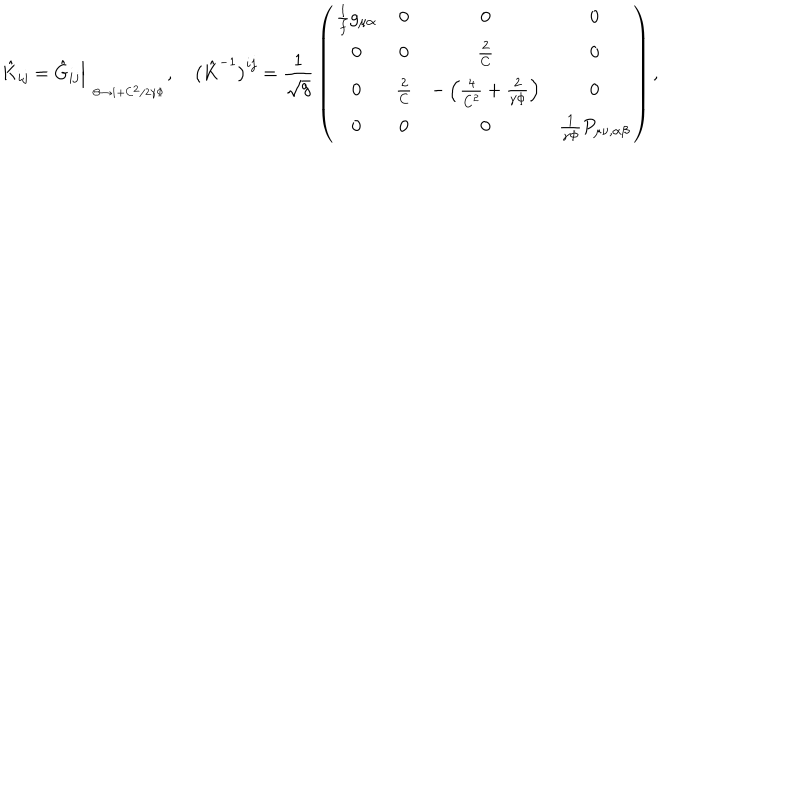
LaTeX: \hat { K } _ { i j } = \hat { G } _ { i j } \Big | _ { \phantom { p } _ { \Theta \to 1 + C ^ { 2 } / 2 \gamma \Phi } } , \quad \bigl ( \hat { K } ^ { - 1 } \bigr ) ^ { i j } = { \frac { 1 } { \sqrt g } } \left( \begin{matrix} { { { \frac { 1 } { f } } g _ { \mu \alpha } } } & { { 0 } } & { { 0 } } & { { 0 } } \\ { { 0 } } & { { 0 } } & { { { \frac { 2 } { C } } } } & { { 0 } } \\ { { 0 } } & { { { \frac { 2 } { C } } } } & { { - \left( { \frac { 4 } { C ^ { 2 } } } + { \frac { 2 } { \gamma \Phi } } \right) } } & { { 0 } } \\ { { 0 } } & { { 0 } } & { { 0 } } & { { { \frac { 1 } { \gamma \Phi } } P _ { \mu \nu , \alpha \beta } } } \\ \end{matrix} \right) ,